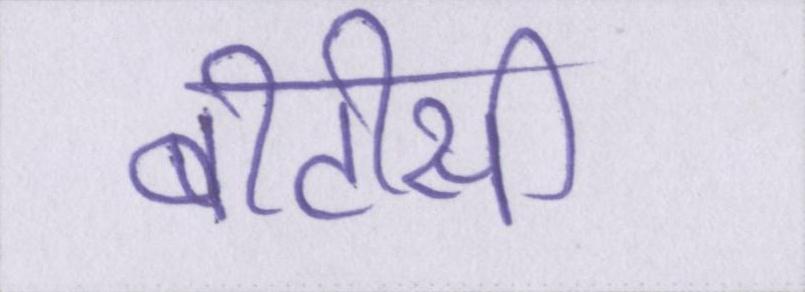
बीटीसी